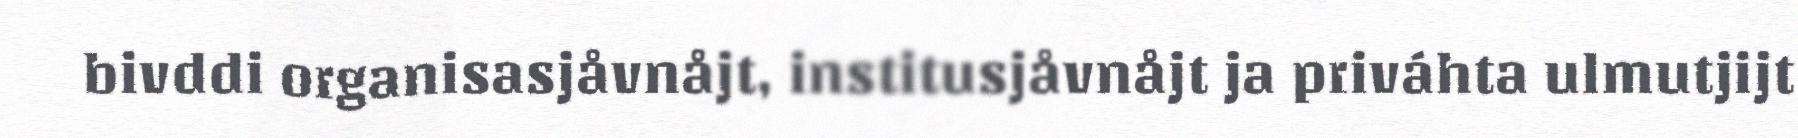
bivddi organisasjåvnåjt, institusjåvnåjt ja priváhta ulmutjijt